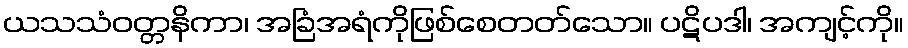
ယသသံဝတ္တနိကာ၊ အခြံအရံကိုဖြစ်စေတတ်သော။ ပဋိပဒါ၊ အကျင့်ကို။